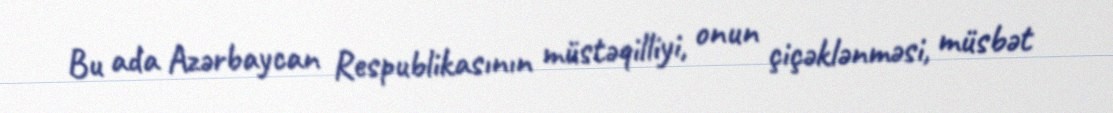
Bu ada Azərbaycan Respublikasının müstəqilliyi, onun çiçəklənməsi, müsbət